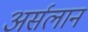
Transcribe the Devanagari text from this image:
अर्सलान